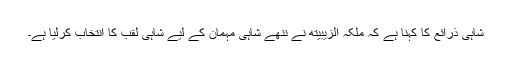
شاہی ذرائع کا کہنا ہے کہ ملکہ الزیبیتھ نے ننھے شاہی مہمان کے لیے شاہی لقب کا انتخاب کرلیا ہے۔